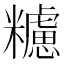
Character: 𥽜